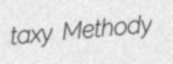
taxy Methody